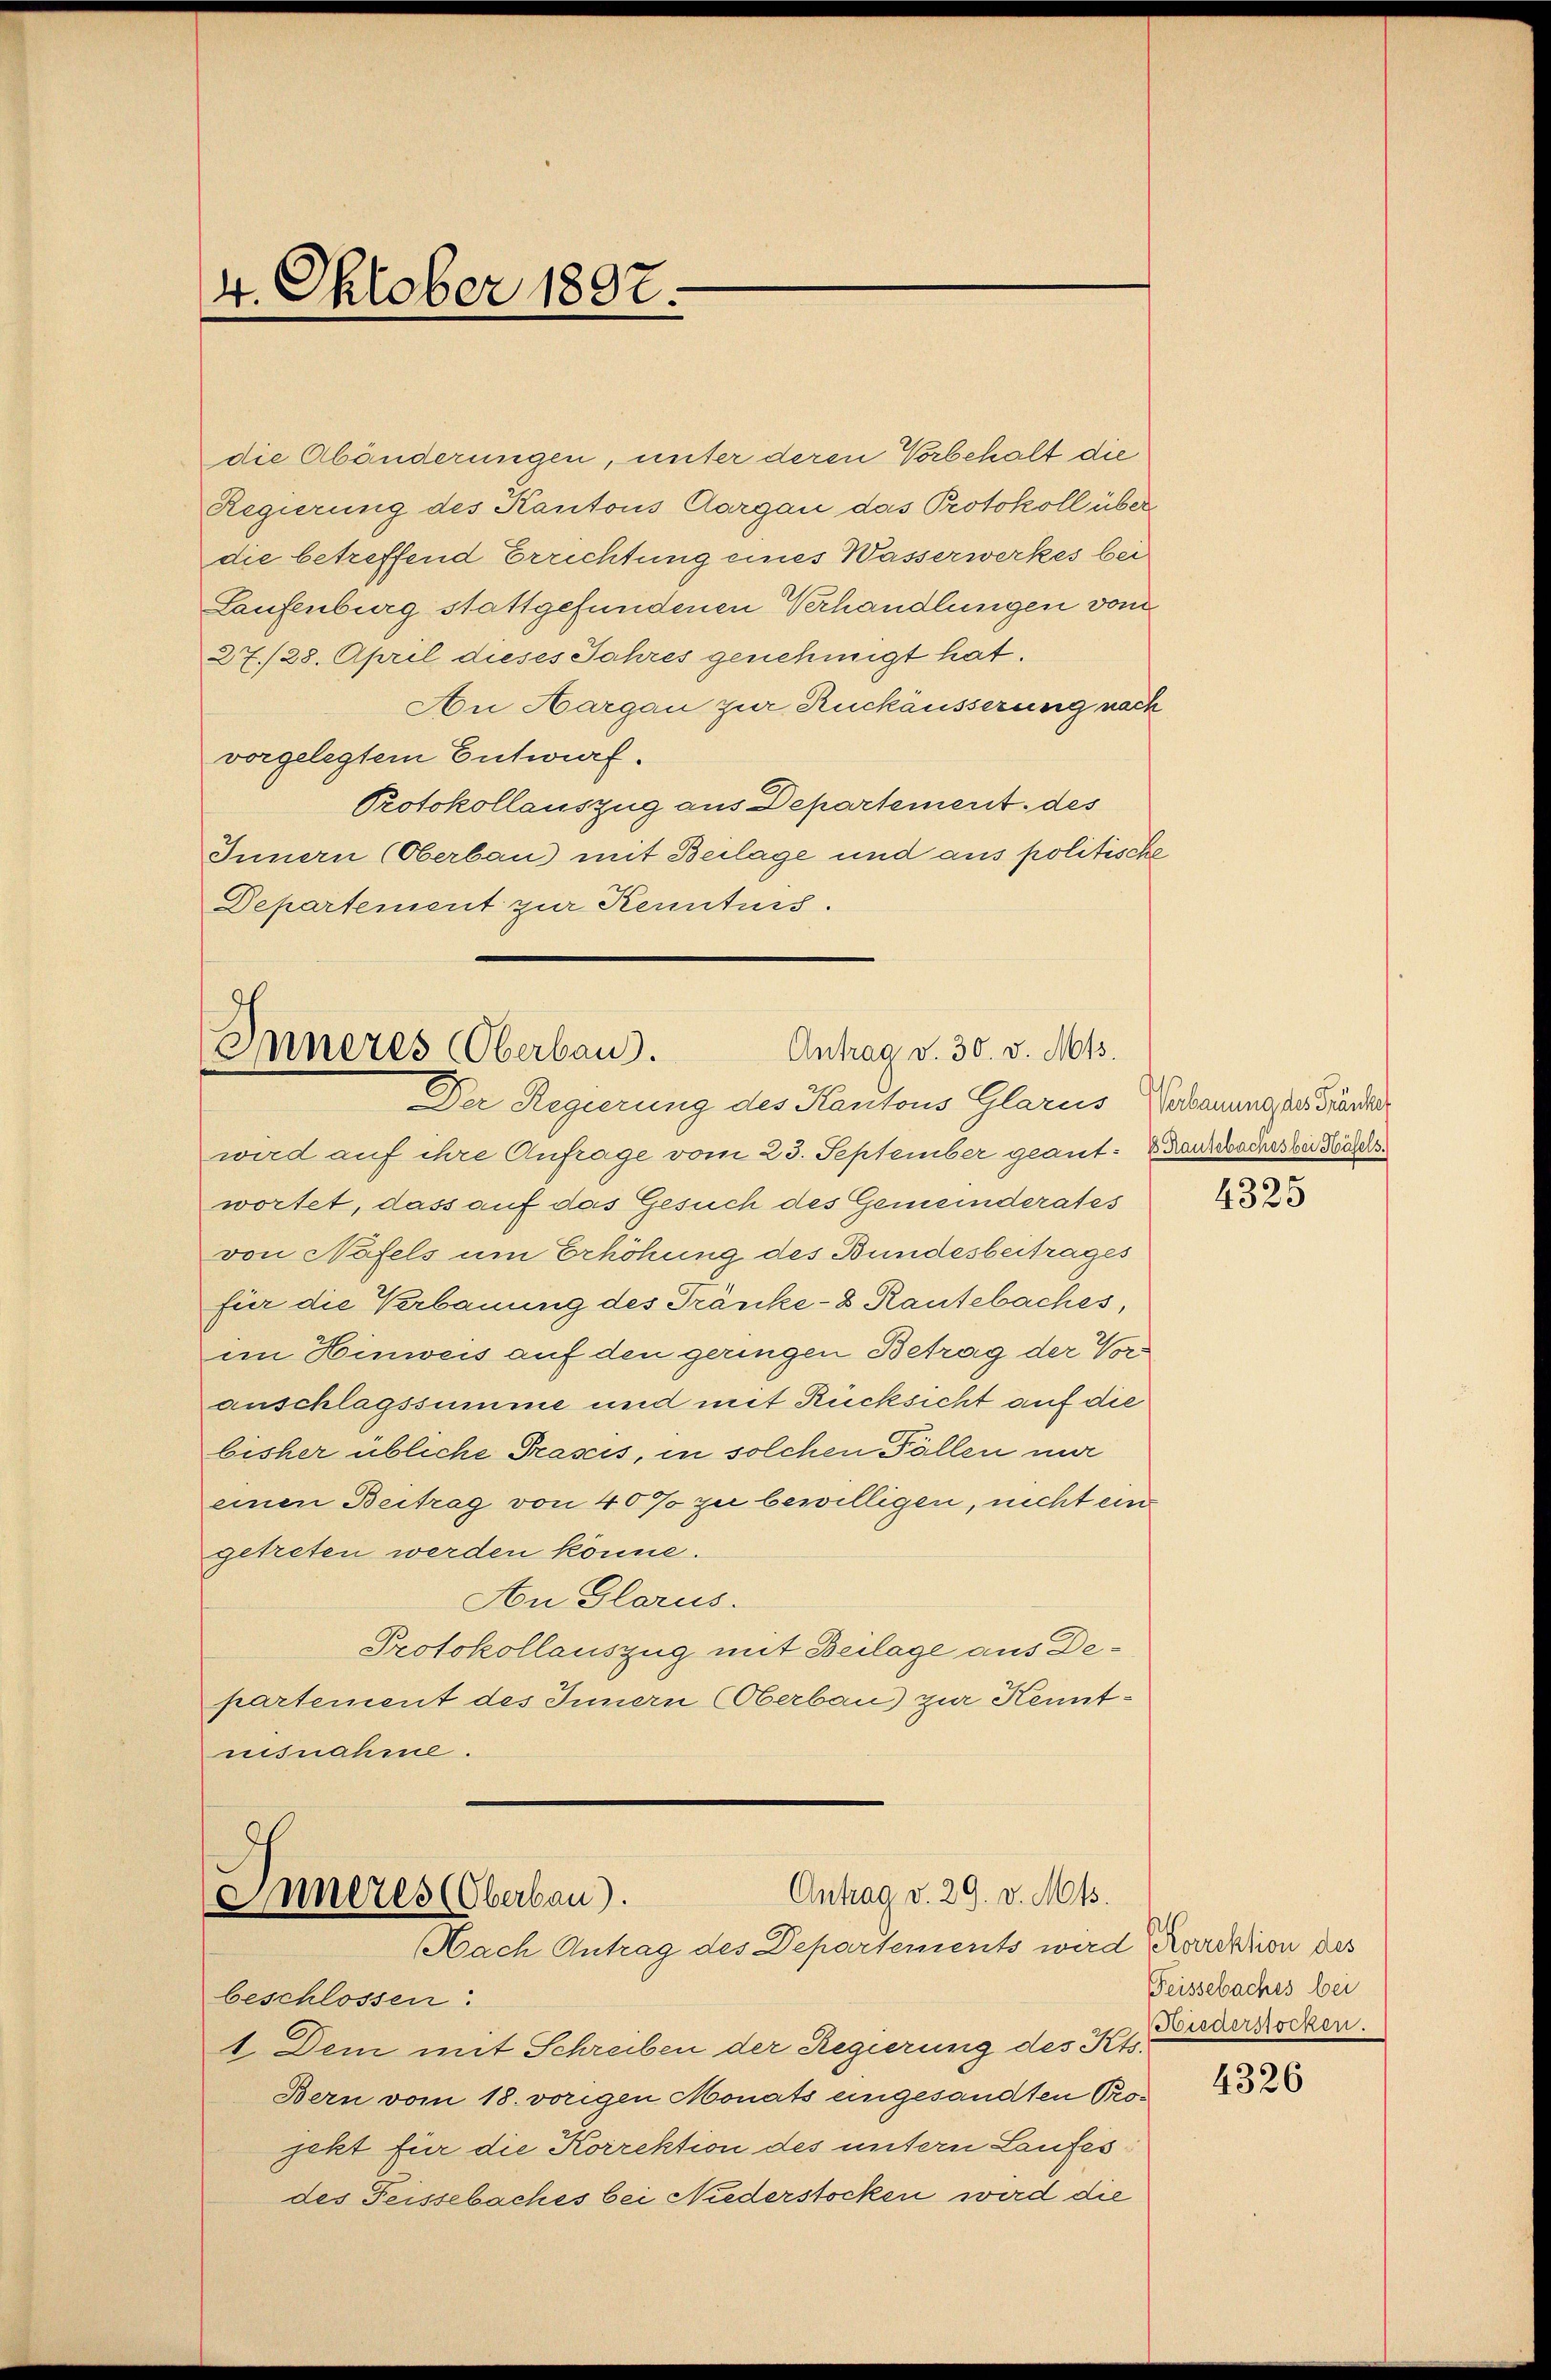
4. Oktober 1892.

die Abänderungen, unter deren Vorbehalt die
Regierung des Kantons Aargau das Protokoll über
die betreffend Errichtung eines Wasserwerkes bei
Laufenburg stattgefundenen Verhandlungen vom
27./28. April dieses Jahres genehmigt hat.
An Aargau zur Ruckäusserung nach
vorgelegtem Entwurf.
Protokollauszug aus Departement des
Innern (Oberbau) mit Beilage und aus politische
Departement zur Kennturs.

Antrag v. 30. v. Mts.
Inneres Oberbau.
Der Regierung des Kantons Glarus, Erbauung der Brander

Antrag v. 29. v. Mts.
Inneres (Oberbau).
Nach Antrag des Departements wird Korektion des

wird auf ihre Anfrage vom 23. September geant: Dankbaches bei Todes
wortet, dass auf das Gesuch des Gemeinderates
von Näfels um Erhöhung des Bundesbeitrages
für die Verbauung des Tränke-8 Rautebaches,
im Hinweis auf den geringen Betrag der Voranschlagssumme und mit Rücksicht auf die
bisher übliche Trasis, in solchen Fällen ni
einen Beitrag von 40% zu bewilligen, nicht ein
getreten werden könne.
An Glarus.
Protokollauszug mit Beilage aus Departement des Innern (Oberbau) zur Kenntnisnahme.

beschlossen.
1. Dem mit Schreiben der Regierung des Kts.
Bern vom 18. vorigen Monats angesandten Projekt für die Korrektion des untern Laufes:
des Feissebaches bei Niederstocken wird die

4325

Feissebaches bei
Niederstocken.

4326